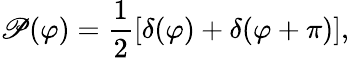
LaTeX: \mathscr{P}(\varphi)=\frac{{1}}{{2}}\left[\delta(\varphi)+\delta(\varphi+\pi)\right],